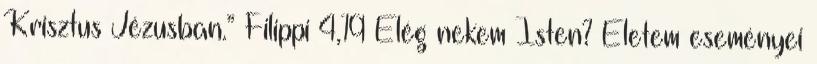
Krisztus Jézusban.” Filippi 4,19 Elég nekem Isten? Életem eseményei